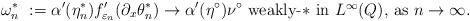
LaTeX: \begin{align*} \omega_n^* &~ := \alpha'(\eta_n^*) f_{\varepsilon_n}'(\partial_x \theta_n^*) \to \alpha'(\eta^\circ)\nu^\circ \mbox{ weakly-$*$ in $ L^\infty(Q) $, as $ n \to \infty $.} \end{align*}